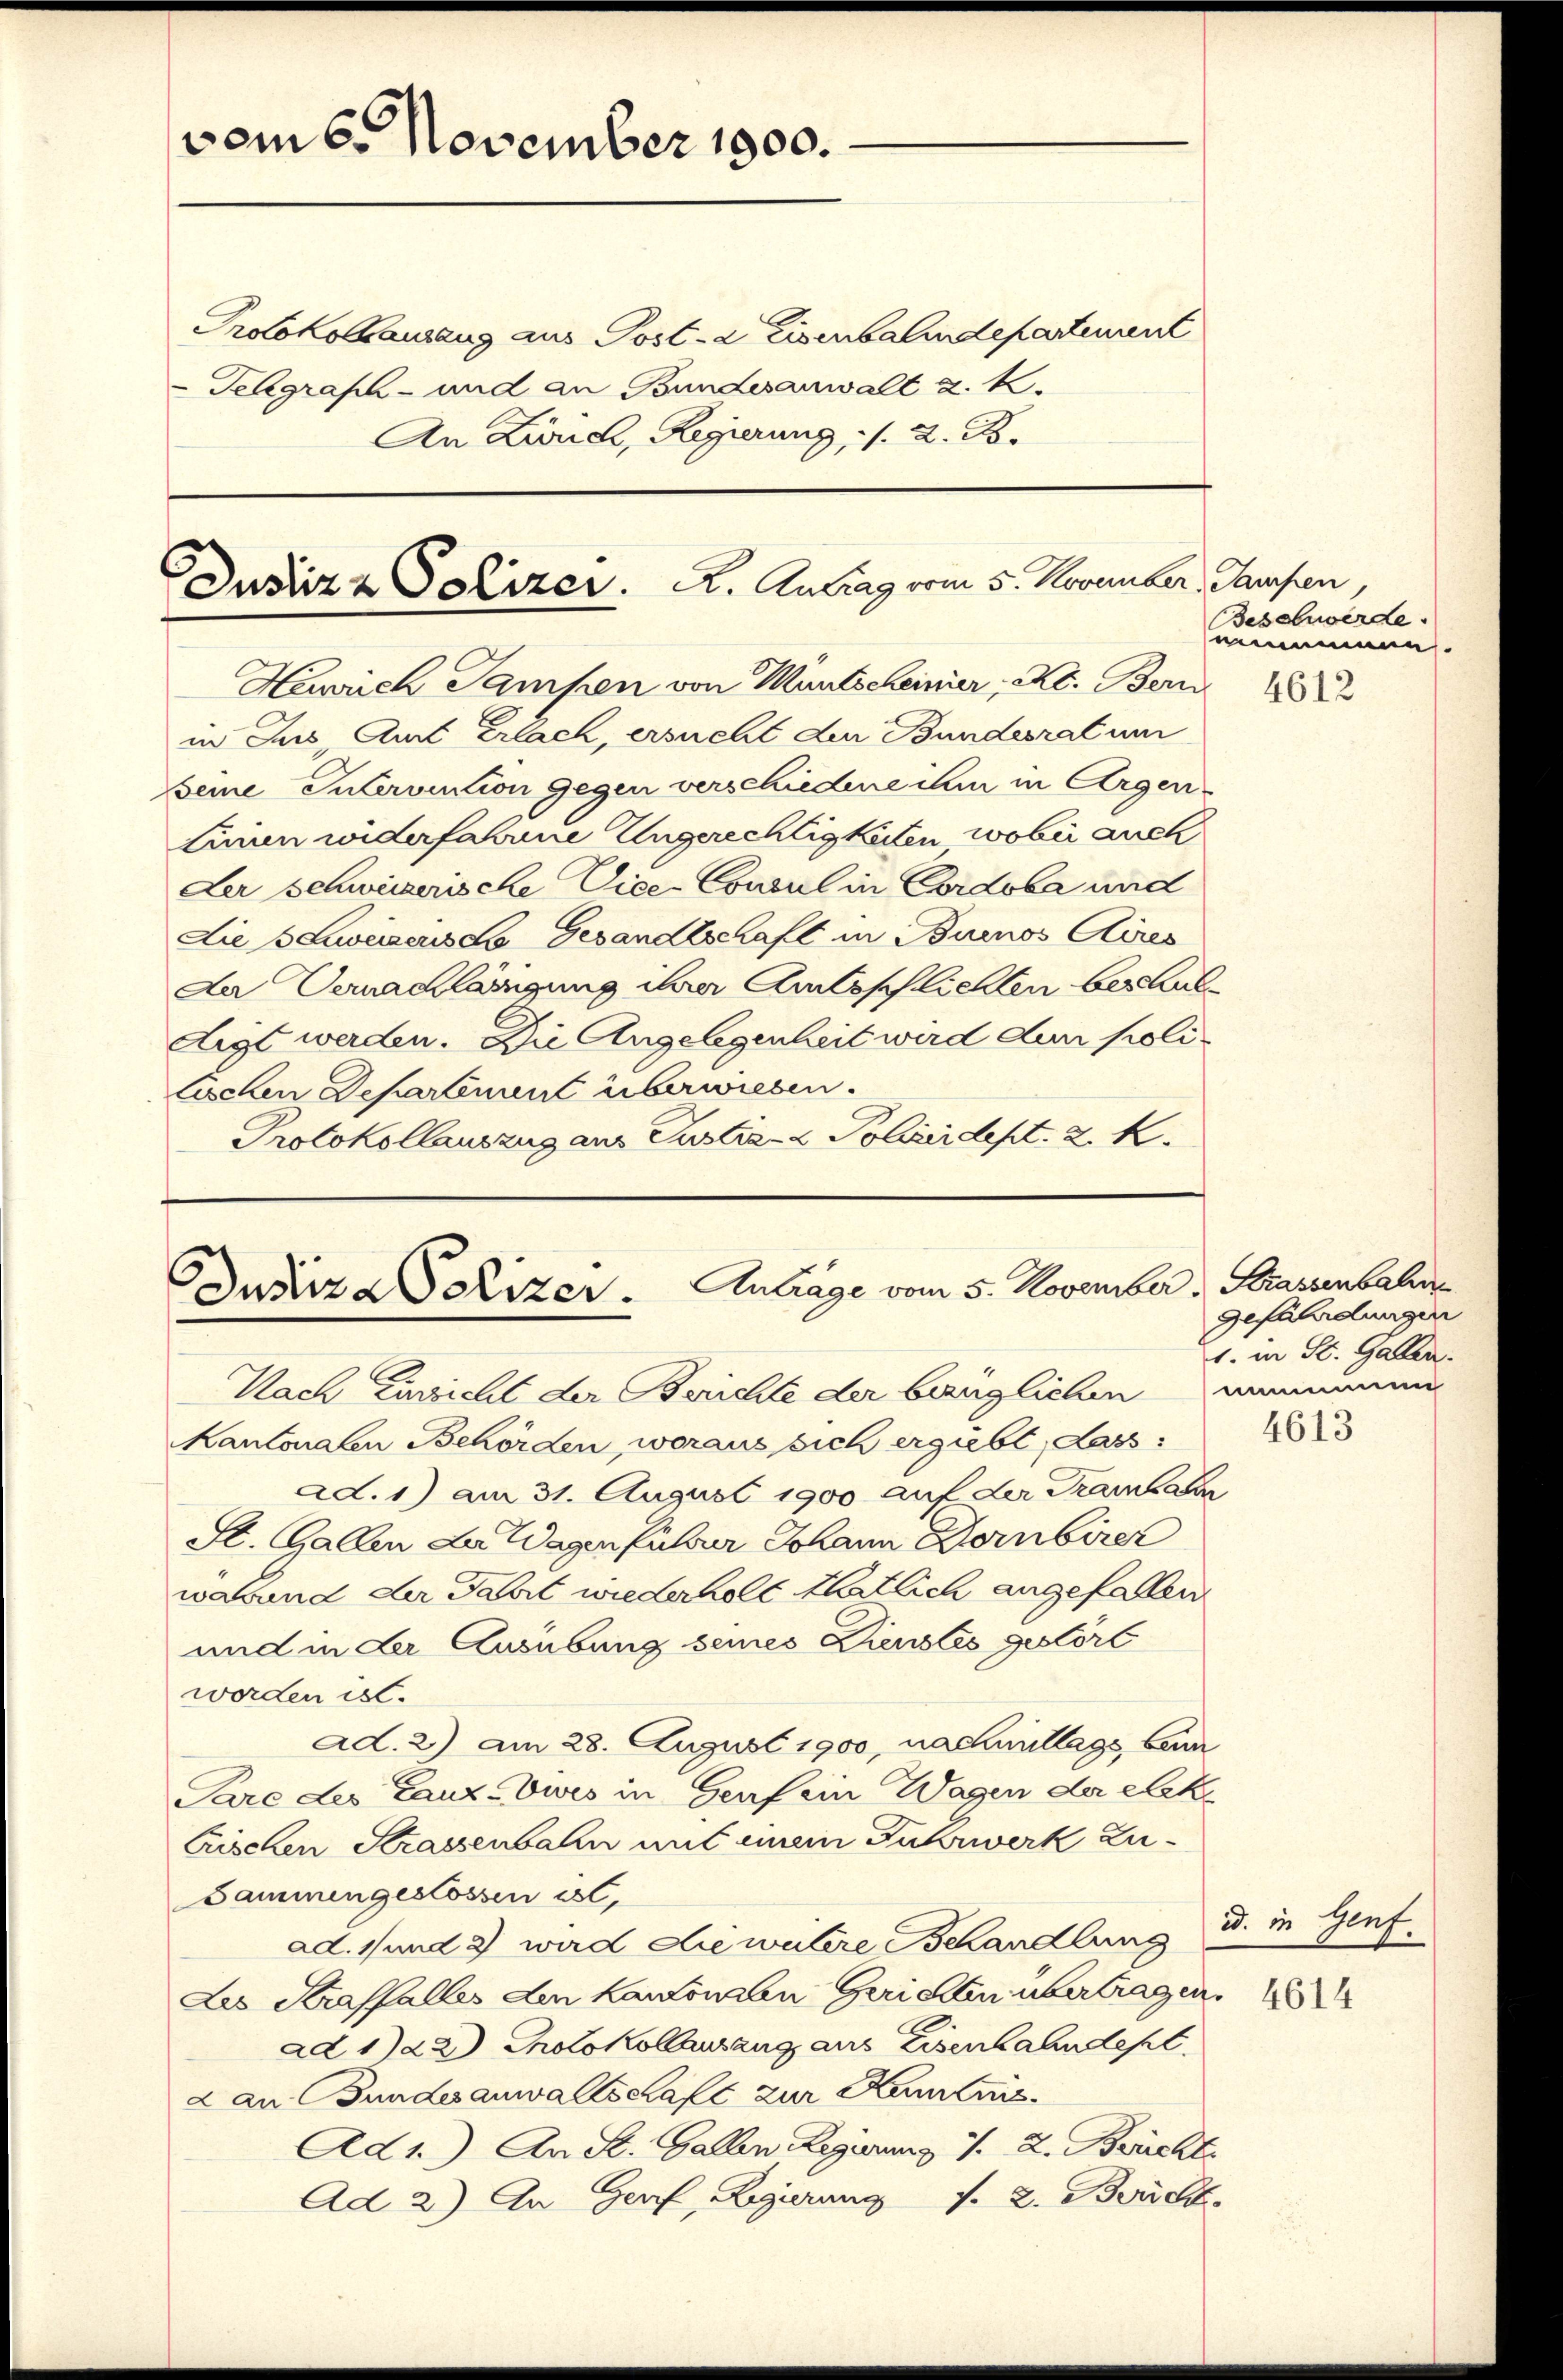
vom 6. November 1900.

Protokolauszug aus Post- & Eisenbalindepartement
-Telegraph - und an Bundesanwalt u. k.
An Zürich, Regierung, 1. 2. B.

Justiz & Polizer. A. Antrag vom 5. November, Taufen

Heich Sampen von Muntscheiner, Kt. Bern
in Jus Amt Erlach, ersucht der Bundesrat um
eine Sutervention gegen verschiedene ihm in Argen-
linien widerfahrene Ungerechtigkeiten, wobei auch
Ler schweizerische Vice-Consul in Cordoba und
Die 3 Leweisers do Gesandtschaft in Buenos Aires
Der Vernachläsigung ihrer Amtsschlichten beschuldigt werden. Die Angelegenheit wird der poli¬
Eschen Departenant überwiesen.
Protokollauszug aus Justiz- & Polizeidept. 2 K

Dusirza Polizer. Antrage vom 5. November. Brassenbahr

Beschwerde.
neumann

Nach Einsicht der Berichte der bezüglichen immen
Kantonalen Behörden, woraus sich ergibt, Lass:
ad. 1) am 31. August 1900 auf der Trainhaben
St. Gallen La Wagen futur Johann Dornbirez
wabend der Fahrt wiederholt thätlich angefallen
und in der Ausübung seines Lienstes gestört
worden ist.
ad. 2) am 28. August 1900, nachmittags, beim
Pare des Lanz-Vwes in Genf ein Wagen der elek.
Crischen Strassenbahn mit einem Fuhrwerk zu¬
Sammengestossen ist,
ad. 1 und 2 wird die wütere Behandlung u. in Genf
Les Straffalles den kantonalen Gerichten übertragen.
ad 122 Chotokolausung aus Eisenbahndepl
2 an Bundesanwaltschaft zur Kemnis.
Ad 1.) An St. Gallen Regierung v. 2. Brücht
Ad 2) An Genf, Regierung s. 2. Bericht

4612

Gefährdungen
1. in St. Gallen.

4613

4614